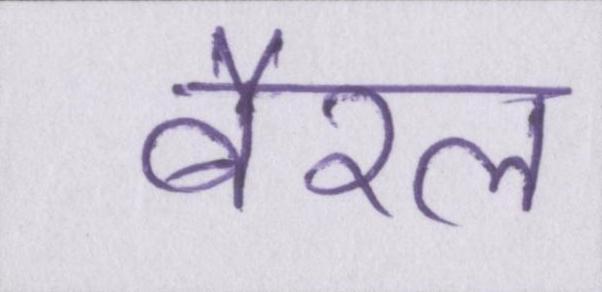
बैरल